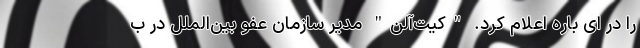
را در ای باره اعلام کرد. "کیت‌آلن" مدیر سازمان عفو بین‌الملل در ب